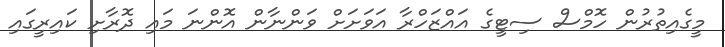
މީގެއިތުރުން ހޮމްސް ސިޓީގެ އައްޒަހްރާ އަވަށަށް ވަންނާން އޮންނަ މައި ދޮރާށި ކައިރީގައި